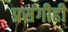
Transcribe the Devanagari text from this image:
प्रसंगीही